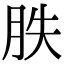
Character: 胅